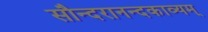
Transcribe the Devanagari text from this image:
सौन्दरानन्दकाव्यम्